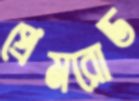
প্রেমরোড